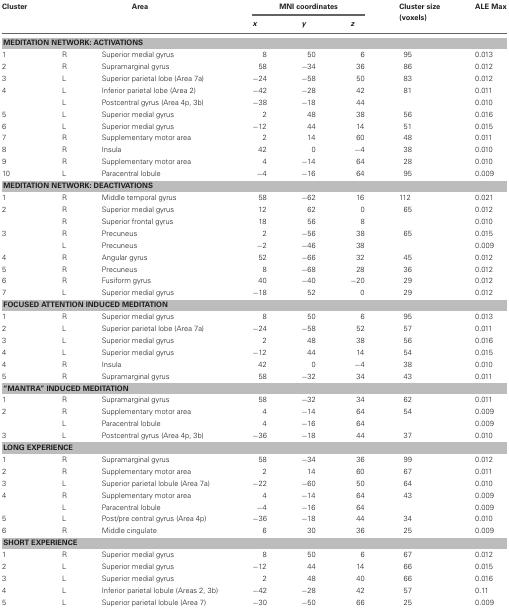
<table><thead><tr><td><b>Cluster</b></td><td colspan="2"><b>Area</b></td><td colspan="3"><b>MNI coordinates</b></td><td><b>Cluster size (voxels)</b></td><td><b>ALE Max</b></td></tr><tr><td></td><td></td><td></td><td><b><i>x</i></b></td><td><b><i>y</i></b></td><td><b><i>z</i></b></td><td></td><td></td></tr></thead><tbody><tr><td colspan="8"><b>MEDITATION NETWORK: ACTIVATIONS</b></td></tr><tr><td>1</td><td>R</td><td>Superior medial gyrus</td><td>8</td><td>50</td><td>6</td><td>95</td><td>0.013</td></tr><tr><td>2</td><td>R</td><td>Supramarginal gyrus</td><td>58</td><td>−34</td><td>36</td><td>86</td><td>0.012</td></tr><tr><td>3</td><td>L</td><td>Superior parietal lobe (Area 7a)</td><td>−24</td><td>−58</td><td>50</td><td>83</td><td>0.012</td></tr><tr><td>4</td><td>L</td><td>Inferior parietal lobe (Area 2)</td><td>−42</td><td>−28</td><td>42</td><td>81</td><td>0.011</td></tr><tr><td></td><td>L</td><td>Postcentral gyrus (Area 4p, 3b)</td><td>−38</td><td>−18</td><td>44</td><td></td><td>0.010</td></tr><tr><td>5</td><td>L</td><td>Superior medial gyrus</td><td>2</td><td>48</td><td>38</td><td>56</td><td>0.016</td></tr><tr><td>6</td><td>L</td><td>Superior medial gyrus</td><td>−12</td><td>44</td><td>14</td><td>51</td><td>0.015</td></tr><tr><td>7</td><td>R</td><td>Supplementary motor area</td><td>2</td><td>14</td><td>60</td><td>48</td><td>0.011</td></tr><tr><td>8</td><td>R</td><td>Insula</td><td>42</td><td>0</td><td>−4</td><td>38</td><td>0.010</td></tr><tr><td>9</td><td>R</td><td>Supplementary motor area</td><td>4</td><td>−14</td><td>64</td><td>28</td><td>0.010</td></tr><tr><td>10</td><td>L</td><td>Paracentral lobule</td><td>−4</td><td>−16</td><td>64</td><td>95</td><td>0.009</td></tr><tr><td colspan="8"><b>MEDITATION NETWORK: DEACTIVATIONS</b></td></tr><tr><td>1</td><td>R</td><td>Middle temporal gyrus</td><td>58</td><td>−62</td><td>16</td><td>112</td><td>0.021</td></tr><tr><td>2</td><td>R</td><td>Superior medial gyrus</td><td>12</td><td>62</td><td>0</td><td>65</td><td>0.012</td></tr><tr><td></td><td>R</td><td>Superior frontal gyrus</td><td>18</td><td>56</td><td>8</td><td></td><td>0.010</td></tr><tr><td>3</td><td>R</td><td>Precuneus</td><td>2</td><td>−56</td><td>38</td><td>65</td><td>0.015</td></tr><tr><td></td><td>L</td><td>Precuneus</td><td>−2</td><td>−46</td><td>38</td><td></td><td>0.009</td></tr><tr><td>4</td><td>R</td><td>Angular gyrus</td><td>52</td><td>−66</td><td>32</td><td>45</td><td>0.012</td></tr><tr><td>5</td><td>R</td><td>Precuneus</td><td>8</td><td>−68</td><td>28</td><td>36</td><td>0.012</td></tr><tr><td>6</td><td>R</td><td>Fusiform gyrus</td><td>40</td><td>−40</td><td>−20</td><td>29</td><td>0.012</td></tr><tr><td>7</td><td>L</td><td>Superior medial gyrus</td><td>−18</td><td>52</td><td>0</td><td>29</td><td>0.012</td></tr><tr><td colspan="8"><b>FOCUSED ATTENTION INDUCED MEDITATION</b></td></tr><tr><td>1</td><td>R</td><td>Superior medial gyrus</td><td>8</td><td>50</td><td>6</td><td>95</td><td>0.013</td></tr><tr><td>2</td><td>L</td><td>Superior parietal lobe (Area 7a)</td><td>−24</td><td>−58</td><td>52</td><td>57</td><td>0.011</td></tr><tr><td>3</td><td>L</td><td>Superior medial gyrus</td><td>2</td><td>48</td><td>38</td><td>56</td><td>0.016</td></tr><tr><td>4</td><td>L</td><td>Superior medial gyrus</td><td>−12</td><td>44</td><td>14</td><td>54</td><td>0.015</td></tr><tr><td>4</td><td>R</td><td>Insula</td><td>42</td><td>0</td><td>−4</td><td>38</td><td>0.010</td></tr><tr><td>5</td><td>R</td><td>Supramarginal gyrus</td><td>58</td><td>−32</td><td>34</td><td>43</td><td>0.011</td></tr><tr><td colspan="8"><b>“MANTRA” INDUCED MEDITATION</b></td></tr><tr><td>1</td><td>R</td><td>Supramarginal gyrus</td><td>58</td><td>−32</td><td>34</td><td>62</td><td>0.011</td></tr><tr><td>2</td><td>R</td><td>Supplementary motor area</td><td>4</td><td>−14</td><td>64</td><td>54</td><td>0.009</td></tr><tr><td></td><td>L</td><td>Paracentral lobule</td><td>4</td><td>−16</td><td>64</td><td></td><td>0.009</td></tr><tr><td>3</td><td>L</td><td>Postcentral gyrus (Area 4p, 3b)</td><td>−36</td><td>−18</td><td>44</td><td>37</td><td>0.010</td></tr><tr><td colspan="8"><b>LONG EXPERIENCE</b></td></tr><tr><td>1</td><td>R</td><td>Supramarginal gyrus</td><td>58</td><td>−34</td><td>36</td><td>99</td><td>0.012</td></tr><tr><td>2</td><td>R</td><td>Supplementary motor area</td><td>2</td><td>14</td><td>60</td><td>67</td><td>0.011</td></tr><tr><td>3</td><td>L</td><td>Superior parietal lobule (Area 7a)</td><td>−22</td><td>−60</td><td>50</td><td>64</td><td>0.010</td></tr><tr><td>4</td><td>R</td><td>Supplementary motor area</td><td>4</td><td>−14</td><td>64</td><td>43</td><td>0.009</td></tr><tr><td></td><td>L</td><td>Paracentral lobule</td><td>−4</td><td>−16</td><td>64</td><td></td><td>0.009</td></tr><tr><td>5</td><td>L</td><td>Post/pre central gyrus (Area 4p)</td><td>−36</td><td>−18</td><td>44</td><td>34</td><td>0.010</td></tr><tr><td>6</td><td>R</td><td>Middle cingulate</td><td>6</td><td>30</td><td>36</td><td>25</td><td>0.009</td></tr><tr><td colspan="8"><b>SHORT EXPERIENCE</b></td></tr><tr><td>1</td><td>R</td><td>Superior medial gyrus</td><td>8</td><td>50</td><td>6</td><td>67</td><td>0.012</td></tr><tr><td>2</td><td>L</td><td>Superior medial gyrus</td><td>−12</td><td>44</td><td>14</td><td>66</td><td>0.015</td></tr><tr><td>3</td><td>L</td><td>Superior medial gyrus</td><td>2</td><td>48</td><td>40</td><td>66</td><td>0.016</td></tr><tr><td>4</td><td>L</td><td>Inferior parietal lobule (Areas 2, 3b)</td><td>−42</td><td>−28</td><td>42</td><td>57</td><td>0.11</td></tr><tr><td>5</td><td>L</td><td>Superior parietal lobule (Area 7)</td><td>−30</td><td>−50</td><td>66</td><td>25</td><td>0.009</td></tr></tbody></table>